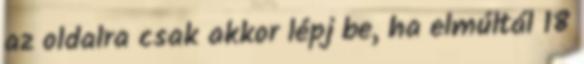
az oldalra csak akkor lépj be, ha elmúltál 18